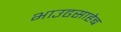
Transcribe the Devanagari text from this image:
भाउढसाहेब